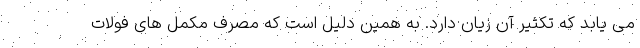
می یابد که تکثیر آن زیان دارد. به همین دلیل است که مصرف مکمل های فولات